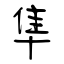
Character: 隼